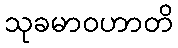
သုခမာဝဟာတိ